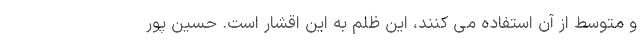
و متوسط از آن استفاده می کنند، این ظلم به این اقشار است. حسین پور